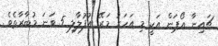
ޗައިނާ އޯޕަން އަކީ މި އަހަރު މަރޭ އުފުލާލި 5 ވަނަ މުބާރާތެވެ.